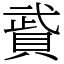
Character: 䝾